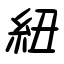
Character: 紐